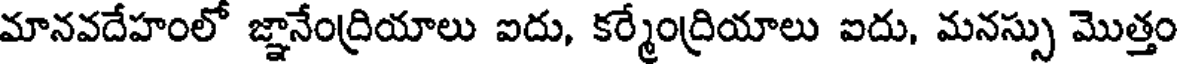
మానవదేహంలో జ్ఞానేంద్రియాలు ఐదు, కర్మేంద్రియాలు ఐదు, మనస్సు మొత్తం